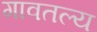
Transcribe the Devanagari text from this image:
गावतल्य